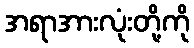
အရာအားလုံးတို့ကို